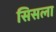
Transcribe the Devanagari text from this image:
सिसला